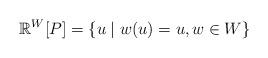
LaTeX: \begin{align*}\mathbb{R}^{W}[P]=\{u\mid w(u)=u,w\in W\}\end{align*}